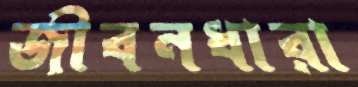
জীবনধারা